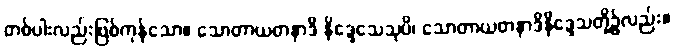
တစ်ပါးလည်းဖြစ်ကုန်သော။ သောတာယတနာဒိ နိဒ္ဒေသေသုပိ၊ သောတာယတနာဒိနိဒ္ဒေသတို့၌လည်း။